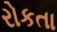
રોકતા